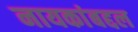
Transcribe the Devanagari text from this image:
नायकांबद्दल